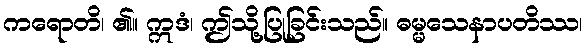
ကရောတိ၊ ၏။ ဣဒံ၊ ဤသို့ပြုခြင်းသည်။ ဓမ္မသေနာပတိဿ၊